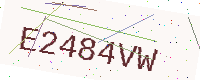
Text: E2484VW